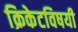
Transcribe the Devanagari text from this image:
क्रिकेटविषयी